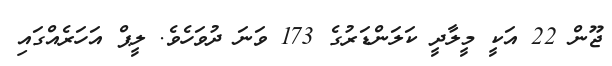
ޖޫން 22 އަކީ މީލާދީ ކަލަންޑަރުގެ 173 ވަނަ ދުވަހެވެ. ލީޕް އަހަރެއްގައި